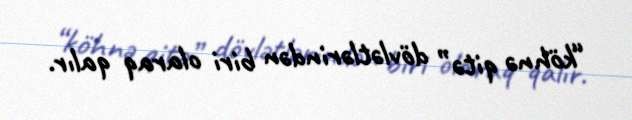
“köhnə qitə” dövlətlərindən biri olaraq qalır.